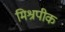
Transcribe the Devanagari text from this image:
मिश्रपीक